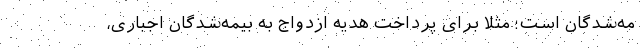
مه‌شدگان است؛ مثلاً برای پرداخت هدیه ازدواج به بیمه‌شدگان اجباری،